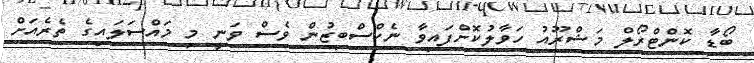
ބޯޑާ ކޮންޓްރޯލް މަޝްރޫއު ހަވާލުކޮށްފައިވާ ނެކްސްބިޒުން ވެސް ވަނީ މި މައްސަލައިގެ ތެރެއަށް